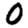
Digit: 0